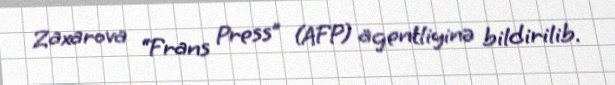
Zaxarova “Frans Press” (AFP) agentliyinə bildirilib.